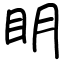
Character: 眀